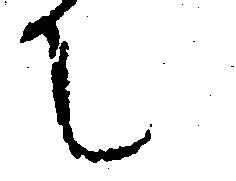
て